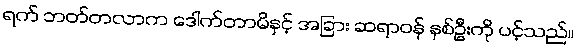
ရက် ဘတ်တလာက ဒေါက်တာမိနှင့် အခြား ဆရာဝန် နှစ်ဦးကို ပင့်သည်။